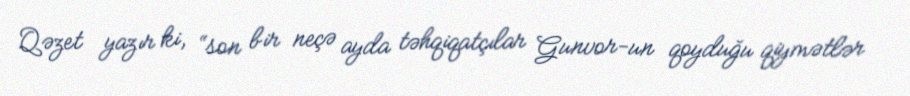
Qəzet yazır ki, “son bir neçə ayda təhqiqatçılar Gunvor-un qoyduğu qiymətlər